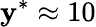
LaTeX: \mathbf{y}^{*}\approx10